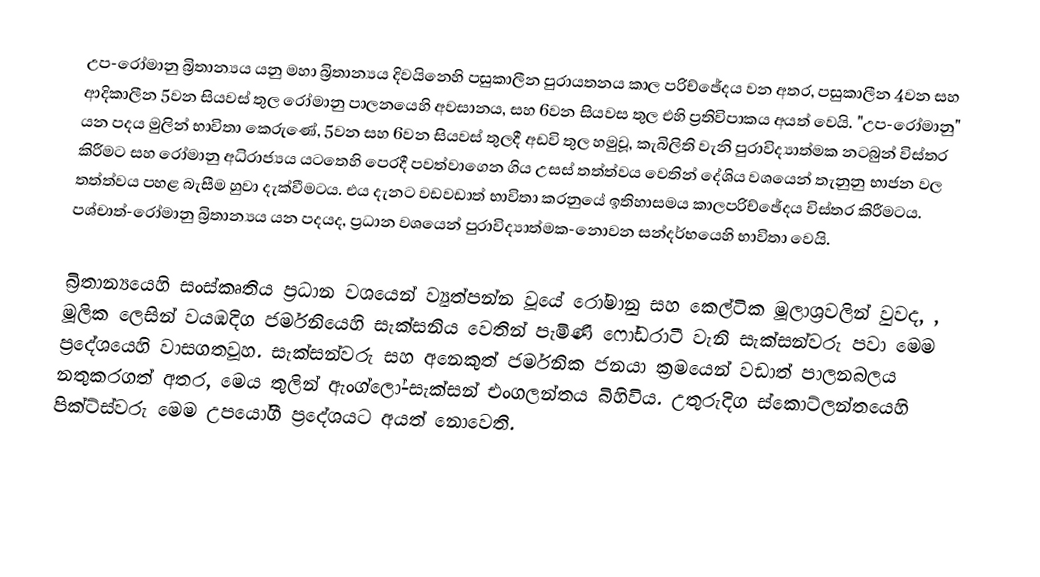
උප-රෝමානු බ්‍රිතාන්‍යය යනු  මහා බ්‍රිතාන්‍යය දිවයිනෙහි පසුකාලීන පුරායතනය කාල පරිච්ඡේදය වන අතර, පසුකාලීන 4වන සහ ආදිකාලීන 5වන සියවස් තුල රෝමානු පාලනයෙහි අවසානය, සහ 6වන සියවස තුල එහි ප්‍රතිවිපාකය අයත් වෙයි.  "උප-රෝමානු" යන පදය මුලින් භාවිතා කෙරුණේ, 5වන සහ 6වන සියවස් තුලදී අඩවි තුල හමුවූ, කැබිලිති  වැනි පුරාවිද්‍යාත්මක නටබුන් විස්තර කිරීමට සහ රෝමානු අධිරාජ්‍යය යටතෙහි පෙරදී පවත්වාගෙන ගිය උසස් තත්ත්වය වෙතින් දේශිය වශයෙන් තැනුනු භාජන වල තත්ත්වය පහළ බැසීම හුවා දැක්වීමටය. එය දැනට වඩවඩාත් භාවිතා කරනුයේ ඉතිහාසමය කාලපරිච්ඡේදය විස්තර කිරීමටය. පශ්චාත්-රෝමානු බ්‍රිතාන්‍යය යන පදයද, ප්‍රධාන වශයෙන් පුරාවිද්‍යාත්මක-නොවන සන්දර්භයෙහි භාවිතා වෙයි.

බ්‍රිතාන්‍යයෙහි සංස්කෘතිය ප්‍රධාන වශයෙන් ව්‍යුත්පන්න වූයේ රෝමානු සහ කෙල්ටික මූලාශ්‍රවලින් වුවද, , මූලික ලෙසින් වයඹදිග ජර්මනියෙහි සැක්සනිය වෙතින් පැමිණි ෆෝඩරාටී වැනි සැක්සන්වරු පවා මෙම ප්‍රදේශයෙහි වාසගතවූහ. සැක්සන්වරු සහ අනෙකුත් ජර්මනික ජනයා ක්‍රමයෙන් වඩාත් පාලනබලය නතුකරගත් අතර, මෙය තුලින් ඇංග්ලෝ-සැක්සන් එංගලන්තය බිහිවිය. උතුරුදිග ස්කොට්ලන්තයෙහි පික්ට්ස්වරු  මෙම උපයෝගී ප්‍රදේශයට අයත් නොවෙති.